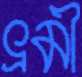
ভ্রমী